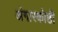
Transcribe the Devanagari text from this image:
अंगारकोष्ठी